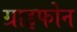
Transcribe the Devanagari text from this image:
ग्राइफोन